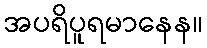
အပရိပူရမာနေန။